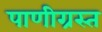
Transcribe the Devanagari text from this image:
पाणीग्रस्त